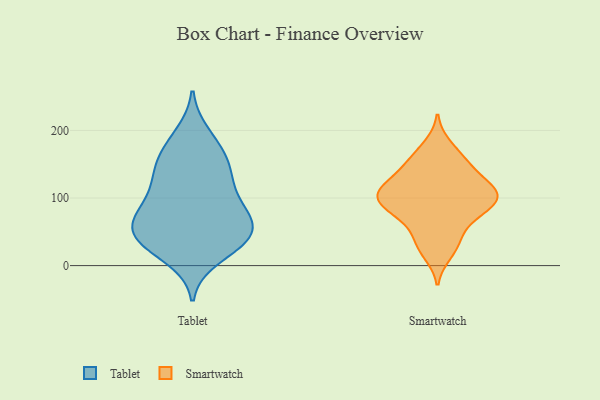
{"axis": {"x": "Bounce Rate (%)", "y": "Value"}, "legend": ["Smartwatch", "Tablet"], "data": [{"x": "", "y": 80, "type": "Tablet"}, {"x": "", "y": 131, "type": "Tablet"}, {"x": "", "y": 194, "type": "Tablet"}, {"x": "", "y": 94, "type": "Tablet"}, {"x": "", "y": 59, "type": "Tablet"}, {"x": "", "y": 159, "type": "Tablet"}, {"x": "", "y": 142, "type": "Tablet"}, {"x": "", "y": 154, "type": "Tablet"}, {"x": "", "y": 181, "type": "Tablet"}, {"x": "", "y": 32, "type": "Tablet"}, {"x": "", "y": 37, "type": "Tablet"}, {"x": "", "y": 38, "type": "Tablet"}, {"x": "", "y": 73, "type": "Tablet"}, {"x": "", "y": 60, "type": "Tablet"}, {"x": "", "y": 45, "type": "Tablet"}, {"x": "", "y": 100, "type": "Tablet"}, {"x": "", "y": 66, "type": "Tablet"}, {"x": "", "y": 123, "type": "Tablet"}, {"x": "", "y": 33, "type": "Tablet"}, {"x": "", "y": 12, "type": "Tablet"}, {"x": "", "y": 154, "type": "Smartwatch"}, {"x": "", "y": 17, "type": "Smartwatch"}, {"x": "", "y": 114, "type": "Smartwatch"}, {"x": "", "y": 96, "type": "Smartwatch"}, {"x": "", "y": 68, "type": "Smartwatch"}, {"x": "", "y": 69, "type": "Smartwatch"}, {"x": "", "y": 111, "type": "Smartwatch"}, {"x": "", "y": 128, "type": "Smartwatch"}, {"x": "", "y": 40, "type": "Smartwatch"}, {"x": "", "y": 156, "type": "Smartwatch"}, {"x": "", "y": 32, "type": "Smartwatch"}, {"x": "", "y": 178, "type": "Smartwatch"}, {"x": "", "y": 92, "type": "Smartwatch"}, {"x": "", "y": 97, "type": "Smartwatch"}, {"x": "", "y": 94, "type": "Smartwatch"}, {"x": "", "y": 114, "type": "Smartwatch"}, {"x": "", "y": 114, "type": "Smartwatch"}, {"x": "", "y": 84, "type": "Smartwatch"}, {"x": "", "y": 143, "type": "Smartwatch"}]}